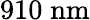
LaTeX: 910\; \mathrm{nm}